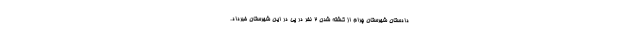
دادستان شهرستان چرام از کشته شدن 2 نفر در پی در این شهرستان خبرداد.